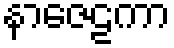
နာဇေဠကာ